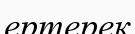
ертерек